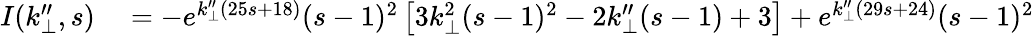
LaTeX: \begin{array}{rl}{I(k_{\perp}^{\prime\prime},s)}&{{}=-e^{k_{\perp}^{\prime\prime}(25s+18)}(s-1)^{2}\left[3k_{\perp}^{2}(s-1)^{2}-2k_{\perp}^{\prime\prime}(s-1)+3\right]+e^{k_{\perp}^{\prime\prime}(29s+24)}(s-1)^{2}}\end{array}